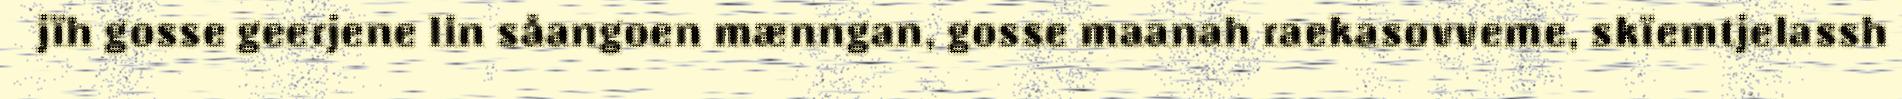
jïh gosse geerjene lin såangoen mænngan, gosse maanah raekasovveme, skïemtjelassh